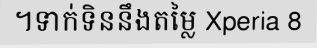
។ទាក់ទិននឹងតម្លៃ Xperia 8